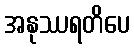
အနုဿရတိပေ